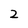
Character: 2